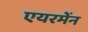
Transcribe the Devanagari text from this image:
एयरमेंन